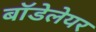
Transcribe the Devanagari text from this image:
बॉडेलेयर